Report of the Imperial Institute of Veterinary Research, Muktesar
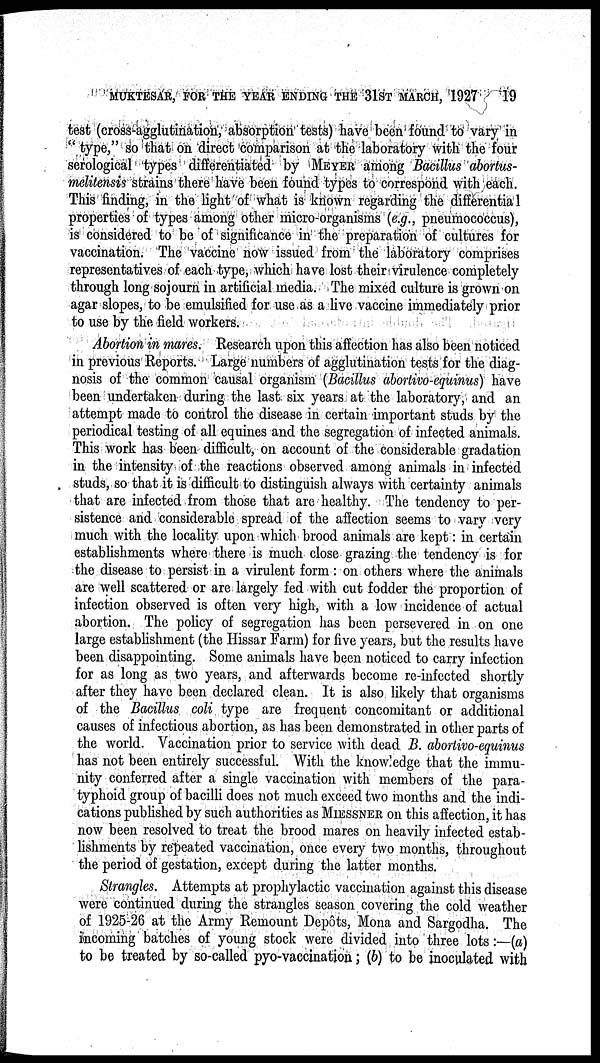
MUKTESAR, FOR THE YEAR ENDING THE 31ST MARCH, 1927
19
test (cross-agglutination, absorption tests) have been found to vary in
" type," so that on direct comparison at the laboratory with the four
serological types differentiated by MEYER among Bacillus abortus-
melitensis strains there have been found types to correspond with each.
This finding, in the light of what is known regarding the differential
properties of types among other micro-organisms (e.g., pneumococcus),
is considered to be of significance in the preparation of cultures for
vaccination. The vaccine now issued from the laboratory comprises
representatives of each type, which have lost their virulence completely
through long sojourn in artificial media. The mixed culture is grown on
agar slopes, to be emulsified for use as a live vaccine immediately prior
to use by the field workers.
Abortion in mares. Research upon this affection has also been noticed
in previous Reports. Large numbers of agglutination tests for the diag-
nosis of the common causal organism (Bacillus abortivo-equinus) have
been undertaken during the last six years at the laboratory, and an
attempt made to control the disease in certain important studs by the
periodical testing of all equines and the segregation of infected animals.
This work has been difficult, on account of the considerable gradation
in the intensity of the reactions observed among animals in infected
studs, so that it is difficult to distinguish always with certainty animals
that are infected from those that are healthy. The tendency to per-
sistence and considerable spread of the affection seems to vary very
much with the locality upon which brood animals are kept: in certain
establishments where there is much close grazing the tendency is for
the disease to persist in a virulent form: on others where the animals
are well scattered or are largely fed with cut fodder the proportion of
infection observed is often very high, with a low incidence of actual
abortion. The policy of segregation has been persevered in on one
large establishment (the Hissar Farm) for five years, but the results have
been disappointing. Some animals have been noticed to carry infection
for as long as two years, and afterwards become re-infected shortly
after they have been declared clean. It is also likely that organisms
of the Bacillus coli type are frequent concomitant or additional
causes of infectious abortion, as has been demonstrated in other parts of
the world. Vaccination prior to service with dead B. abortivo-equinus
has not been entirely successful. With the knowledge that the immu-
nity conferred after a single vaccination with members of the para-
typhoid group of bacilli does not much exceed two months and the indi-
cations published by such authorities as MIESSNER on this affection, it has
now been resolved to treat the brood mares on heavily infected estab-
lishments by repeated vaccination, once every two months, throughout
the period of gestation, except during the latter months.
Strangles. Attempts at prophylactic vaccination against this disease
were continued during the strangles season covering the cold weather
of 1925-26 at the Army Remount Depôts, Mona and Sargodha. The
incoming batches of young stock were divided into three lots:—(a)
to be treated by so-called pyo-vaccination; (b) to be inoculated with